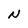
Character: N